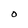
Character: O